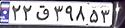
۲۲ق۳۹۸۵۳